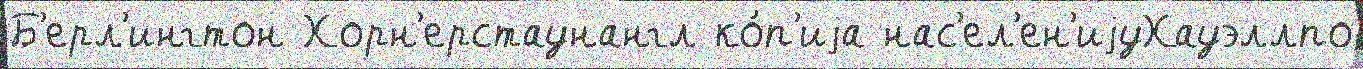
Б'ерл'ингтон Хорн'ерстаунангл ко́п'иjа нас'ел'ен'иjуХауэллпо